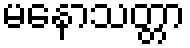
မနောသတ္တာ